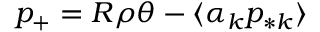
p _ { + } = R \rho \theta - \langle \alpha _ { k } p _ { * k } \rangle